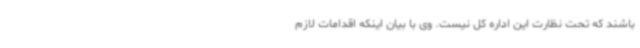
باشند که تحت نظارت این اداره کل نیست. وی با بیان اینکه اقدامات لازم